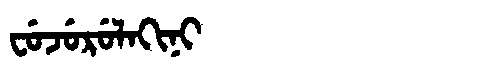
Manchu: ᠸᡠᠵᡠᡵᡠᠯᠠᡴᡳᠨᡳ
Romanization: FUJURULAKINI